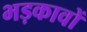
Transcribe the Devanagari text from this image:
भड़कावों